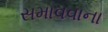
સમાવવાના